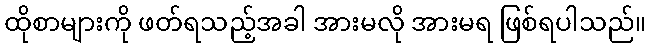
ထိုစာများကို ဖတ်ရသည့်အခါ အားမလို အားမရ ဖြစ်ရပါသည်။